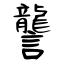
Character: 讋